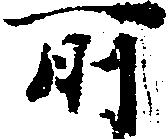
所